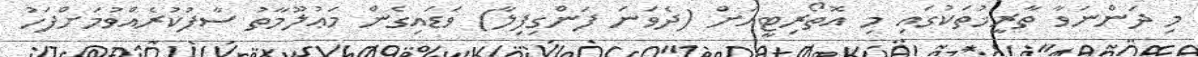
މި ދަންނަވާ ތާރީޚުތަކުގައި މި އޮތޯރިޓީއަށް (ދެވަނަ ފަންގިފިލާ) ވަޑައިގެން މަޢުލޫމާތު ސާފުކުރެއްވުމަށްފަހު